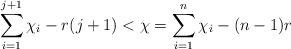
LaTeX: \begin{align*} \sum\limits_{i=1}^{j+1}\chi_i - r(j+1) < \chi = \sum\limits_{i=1}^n \chi_i - (n-1)r \end{align*}